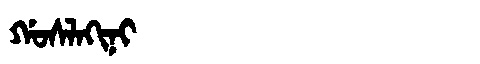
Manchu: ᡤᠣᠰᠯᠠᡴᡳᠨᡳ
Romanization: GOSLAKINI